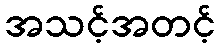
အသင့်အတင့်